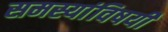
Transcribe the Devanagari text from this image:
समस्यांविषयी